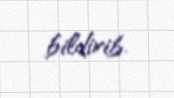
bildirib.